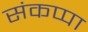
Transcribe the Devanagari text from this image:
संकप्पा